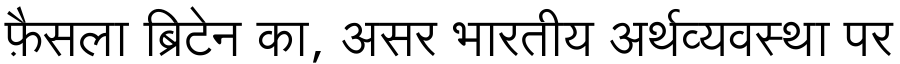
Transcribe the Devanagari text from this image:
फ़ैसला ब्रिटेन का, असर भारतीय अर्थव्यवस्था पर